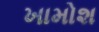
ખામોશ